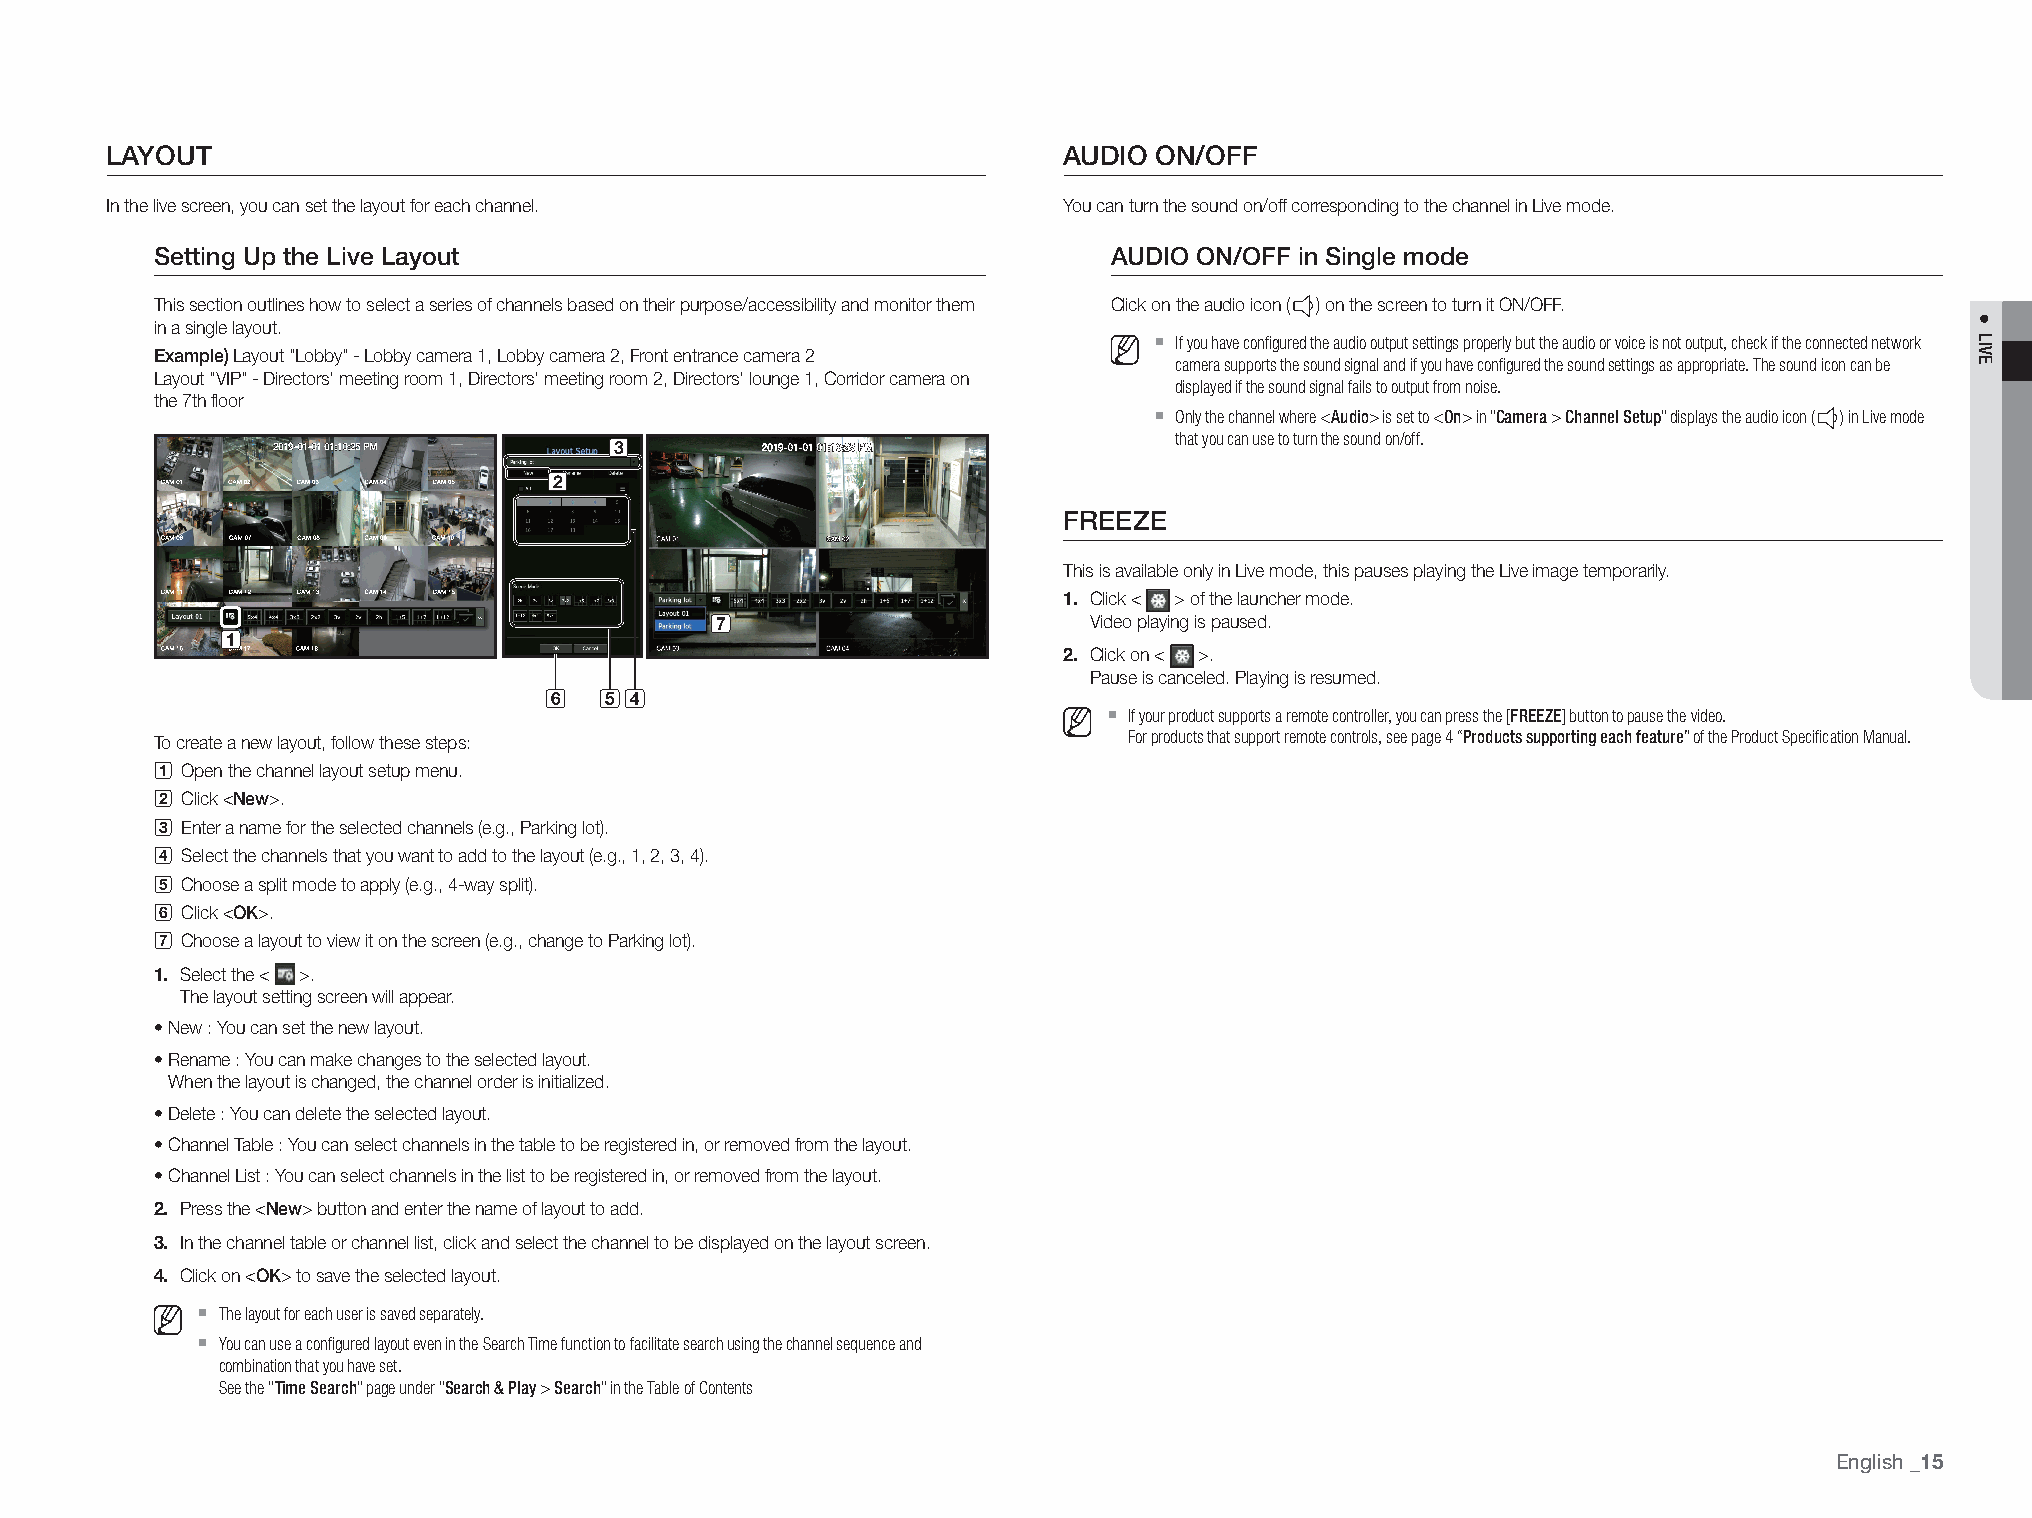
layout                                                         audIo  on/off
 In the live screen, you can set the layout for each channel.   You can turn the sound on/off corresponding to the channel in Live mode.
 Setting up the live layout                                      audIo on/off in Single mode
 This section outlines how to select a series of channels based on their purpose/accessibility and monitor them Click on the audio icon ( ) on the screen to turn it ON/OFF.
 in a single layout.
 `
 If you have configured the audio output settings properly but the audio or voice is not output, check if the connected network
 example) Layout "Lobby" - Lobby camera 1, Lobby camera 2, Front entrance camera 2 camera supports the sound signal and if you have configured the sound settings as appropriate. The sound icon can be
 Layout "VIP" - Directors' meeting room 1, Directors' meeting room 2, Directors' lounge 1, Corridor camera on
 displayed if the sound signal fails to output from noise.
 the 7th floor
 `
 Only the channel where <Audio> is set to <On> in "Camera > Channel Setup" displays the audio icon ( ) in Live mode
 c                                     that you can use to turn the sound on/off.
 b
 freeZe
 This is available only in Live mode, this pauses playing the Live image temporarily.
 1. Click < > of the launcher mode.
 g
 Video playing is paused.
 a
 2. Click on < >.
 Pause is canceled. Playing is resumed.
 f   ed
 `
 If your product supports a remote controller, you can press the [FREEZE] button to pause the video.
 To create a new layout, follow these steps:                      For products that support remote controls, see page 4 “Products supporting each feature” of the Product Specification Manual.
 a
 Open the channel layout setup menu.
 b
 Click <new>.
 c
 Enter a name for the selected channels (e.g., Parking lot).
 d
 Select the channels that you want to add to the layout (e.g., 1, 2, 3, 4).
 e
 Choose a split mode to apply (e.g., 4-way split).
 f
 Click <ok>.
 g
 Choose a layout to view it on the screen (e.g., change to Parking lot).
 1. Select the < >.
 The layout setting screen will appear.
 • New : You can set the new layout.
 • Rename : You can make changes to the selected layout.
 When the layout is changed, the channel order is initialized.
 • Delete : You can delete the selected layout.
 • Channel Table : You can select channels in the table to be registered in, or removed from the layout.
 • Channel List : You can select channels in the list to be registered in, or removed from the layout.
 2. Press the <new> button and enter the name of layout to add.
 3. In the channel table or channel list, click and select the channel to be displayed on the layout screen.
 4. Click on <ok> to save the selected layout.
 `
 The layout for each user is saved separately.
 `
 You can use a configured layout even in the Search Time function to facilitate search using the channel sequence and
 combination that you have set.
 See the "Time Search" page under "Search & Play > Search" in the Table of Contents
 English
 _15
 ●
 LIVE